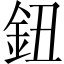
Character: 鈕